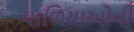
પાળિયાઓની